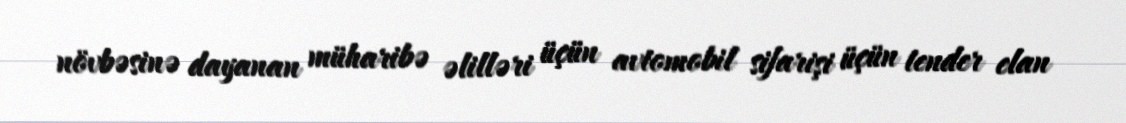
növbəsinə dayanan müharibə əlilləri üçün avtomobil sifarişi üçün tender elan